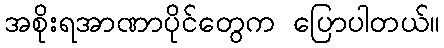
အစိုးရအာဏာပိုင်တွေက ပြောပါတယ်။